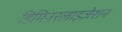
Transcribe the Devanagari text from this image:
डिमिनरलाइज़ेशन